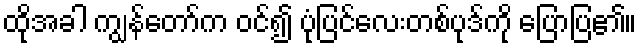
ထိုအခါ ကျွန်တော်က ဝင်၍ ပုံပြင်လေးတစ်ပုဒ်ကို ပြောပြ၏။